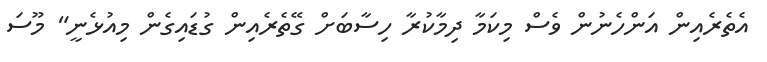
އެތެރެއިން އަންހެނުން ވެސް މިކަމާ ދިމާކުރާ ހިސާބަށް ގޭތެރެއިން ގުޑައިގެން މިއުޅެނީ" މޫސަ